Causation and prevention of malarial fevers: a statement of the results of researches drawn up for the use of assistant surgeons, hospital assistants and students
Disease focus: Malaria
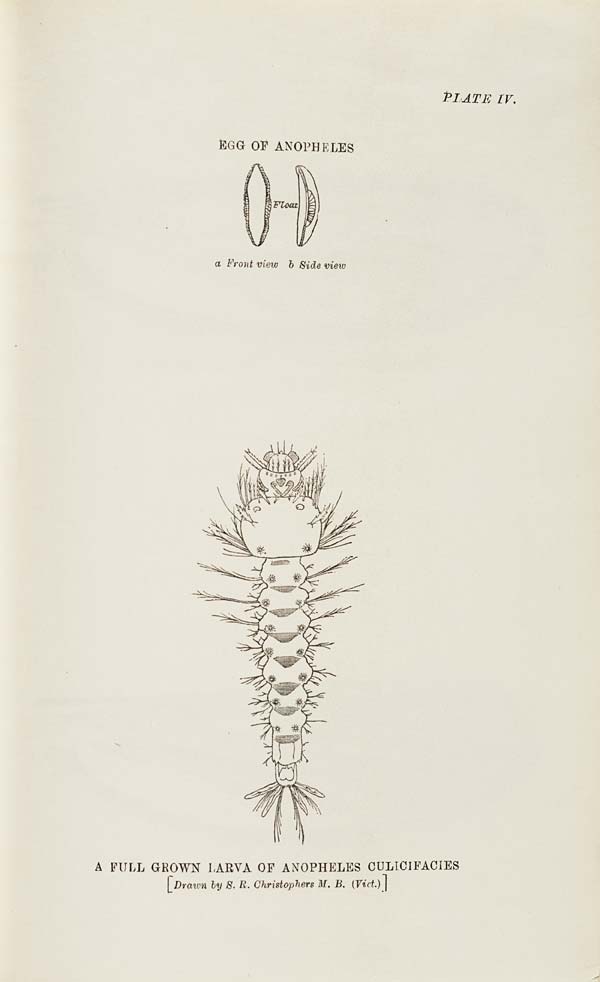
PLATE IV.
EGG OF ANOPHELES
a Front view b Side view
A FULL GROWN LARVA OF ANOPHELES CULICIFACIES
[Drawn by S. R. Christophers M. B. (Vict.)]